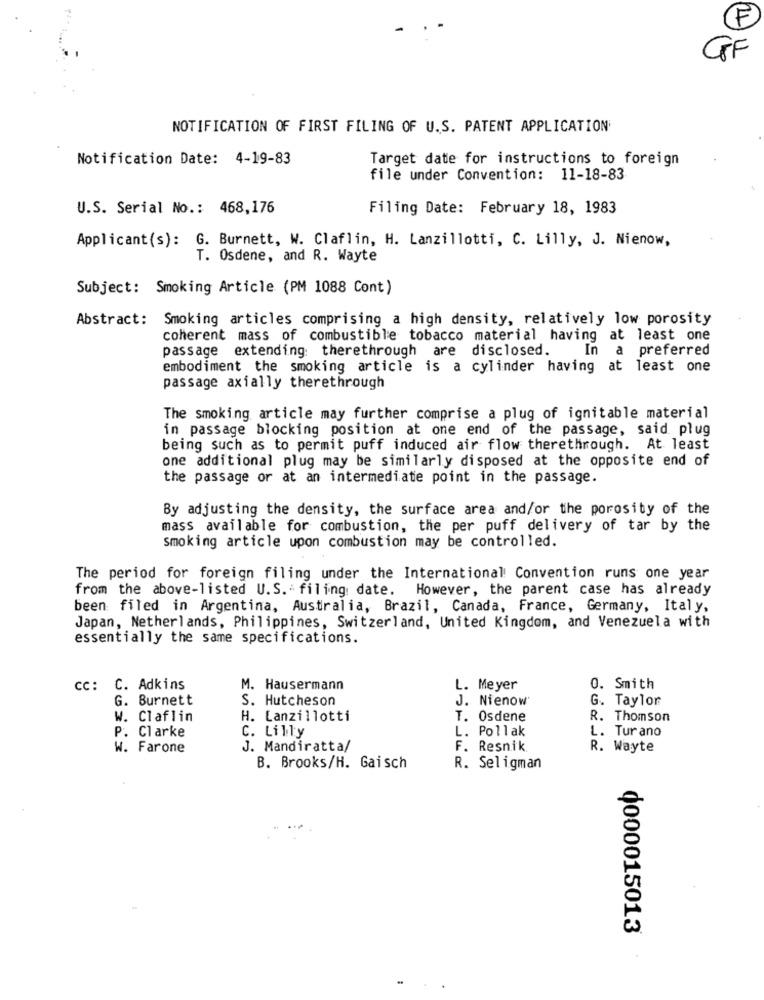
E
GGF
NOTIFICATION OF FIRST FILING OF U.S. PATENT APPLICATION
Notification Date: 4-19-83
Target date for instructions to foreign
file under Convention: 11-18-83
U.S. Serial No .: 468,176
Filing Date: February 18, 1983
Applicant(s): G. Burnett, W. Claflin, H. Lanzillotti, C. Lilly, J. Nienow,
T. Osdene, and R. Wayte
Subject: Smoking Article (PM 1088 Cont)
Abstract: Smoking articles comprising a high density, relatively low porosity
coherent mass of combustible tobacco material having at least one
passage extending: therethrough are disclosed.
In a preferred
embodiment the smoking article is a cylinder having at least one
passage axially therethrough
The smoking article may further comprise a plug of ignitable material
in passage blocking position at one end of the passage, said plug
being such as to permit puff induced air flow therethrough. At least
one additional plug may be similarly disposed at the opposite end of
the passage or at an intermediate point in the passage.
By adjusting the density, the surface area and/or the porosity of the
mass available for combustion, the per puff delivery of tar by the
smoking article upon combustion may be controlled.
The period for foreign filing under the International Convention runs one year
from the above-listed U.S. - filing date. However, the parent case has already
been filed in Argentina, Australia, Brazil, Canada, France, Germany, Italy,
Japan, Netherlands, Philippines, Switzerland, United Kingdom, and Venezuela with
essentially the same specifications.
cc: C. Adkins
M. Hausermann
L. Meyer
0. Smith
G. Burnett
S. Hutcheson
J. Nienow'
G. Taylor
W. Claflin
H. Lanzillotti
T. Osdene
R. Thomson
C. Lilly
L. Pollak
P. Clarke
L. Turano
W. Farone
J. Mandiratta/
F. Resnik
R. Wayte
B. Brooks/H. Gaisch
R. Seligman
¢000015013